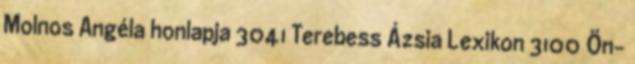
Molnos Angéla honlapja 3041 Terebess Ázsia Lexikon 3100 Ön-